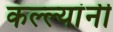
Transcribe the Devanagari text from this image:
कल्ल्यांनी